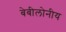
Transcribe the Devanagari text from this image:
बेबीलोनीय